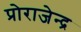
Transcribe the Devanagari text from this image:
प्रोराजेन्द्र